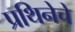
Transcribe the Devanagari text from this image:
प्रथिनेचे